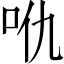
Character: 𠯾